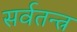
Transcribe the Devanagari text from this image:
सर्वतन्त्र